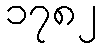
၁၇၈၂